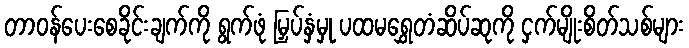
တာဝန်ပေးစေခိုင်းချက်ကို ရွက်ဖုံ မြှပ်နှံမှု ပထမရွှေတံဆိပ်ဆုကို ငှက်မျိုးစိတ်သစ်များ